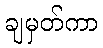
ချမှတ်ကာ